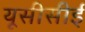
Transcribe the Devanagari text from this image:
यूसीसीई